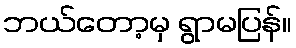
ဘယ်တော့မှ ရွာမပြန်။